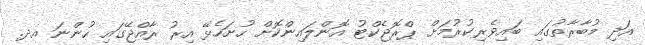
އަދި މުބާރާތުގައި ބައިވެރިކުރުމަށް ޕްރޮޖެކްޓު އޮންލައިންކޮށް ހުށަހެޅޭ އިރު ރާއްޖޭގައި ހުންނަ އދ.